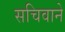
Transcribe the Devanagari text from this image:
सचिवाने